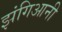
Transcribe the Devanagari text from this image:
झंगिआनी